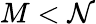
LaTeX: M<\mathcal{N}